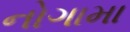
નોગામા